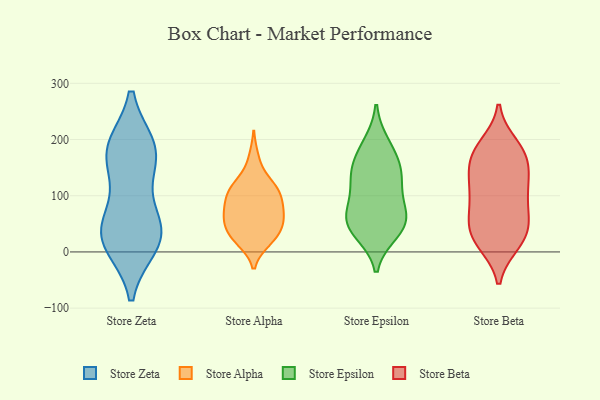
{"axis": {"x": "Backlog", "y": "Value"}, "legend": ["Store Alpha", "Store Beta", "Store Epsilon", "Store Zeta"], "data": [{"x": "", "y": 54, "type": "Store Zeta"}, {"x": "", "y": 13, "type": "Store Zeta"}, {"x": "", "y": 52, "type": "Store Zeta"}, {"x": "", "y": 33, "type": "Store Zeta"}, {"x": "", "y": 16, "type": "Store Zeta"}, {"x": "", "y": 186, "type": "Store Zeta"}, {"x": "", "y": 183, "type": "Store Zeta"}, {"x": "", "y": 26, "type": "Store Zeta"}, {"x": "", "y": 136, "type": "Store Zeta"}, {"x": "", "y": 185, "type": "Store Zeta"}, {"x": "", "y": 175, "type": "Store Zeta"}, {"x": "", "y": 74, "type": "Store Alpha"}, {"x": "", "y": 106, "type": "Store Alpha"}, {"x": "", "y": 24, "type": "Store Alpha"}, {"x": "", "y": 111, "type": "Store Alpha"}, {"x": "", "y": 67, "type": "Store Alpha"}, {"x": "", "y": 20, "type": "Store Alpha"}, {"x": "", "y": 61, "type": "Store Alpha"}, {"x": "", "y": 72, "type": "Store Alpha"}, {"x": "", "y": 52, "type": "Store Alpha"}, {"x": "", "y": 166, "type": "Store Alpha"}, {"x": "", "y": 34, "type": "Store Alpha"}, {"x": "", "y": 24, "type": "Store Alpha"}, {"x": "", "y": 101, "type": "Store Alpha"}, {"x": "", "y": 47, "type": "Store Alpha"}, {"x": "", "y": 117, "type": "Store Alpha"}, {"x": "", "y": 92, "type": "Store Alpha"}, {"x": "", "y": 124, "type": "Store Alpha"}, {"x": "", "y": 177, "type": "Store Epsilon"}, {"x": "", "y": 143, "type": "Store Epsilon"}, {"x": "", "y": 55, "type": "Store Epsilon"}, {"x": "", "y": 35, "type": "Store Epsilon"}, {"x": "", "y": 139, "type": "Store Epsilon"}, {"x": "", "y": 109, "type": "Store Epsilon"}, {"x": "", "y": 82, "type": "Store Epsilon"}, {"x": "", "y": 191, "type": "Store Epsilon"}, {"x": "", "y": 49, "type": "Store Epsilon"}, {"x": "", "y": 64, "type": "Store Epsilon"}, {"x": "", "y": 138, "type": "Store Epsilon"}, {"x": "", "y": 44, "type": "Store Epsilon"}, {"x": "", "y": 17, "type": "Store Beta"}, {"x": "", "y": 19, "type": "Store Beta"}, {"x": "", "y": 166, "type": "Store Beta"}, {"x": "", "y": 15, "type": "Store Beta"}, {"x": "", "y": 186, "type": "Store Beta"}, {"x": "", "y": 62, "type": "Store Beta"}, {"x": "", "y": 55, "type": "Store Beta"}, {"x": "", "y": 115, "type": "Store Beta"}, {"x": "", "y": 114, "type": "Store Beta"}, {"x": "", "y": 37, "type": "Store Beta"}, {"x": "", "y": 37, "type": "Store Beta"}, {"x": "", "y": 190, "type": "Store Beta"}, {"x": "", "y": 127, "type": "Store Beta"}, {"x": "", "y": 70, "type": "Store Beta"}, {"x": "", "y": 89, "type": "Store Beta"}, {"x": "", "y": 160, "type": "Store Beta"}, {"x": "", "y": 175, "type": "Store Beta"}, {"x": "", "y": 160, "type": "Store Beta"}, {"x": "", "y": 116, "type": "Store Beta"}]}